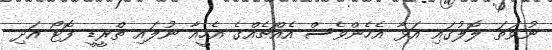
ނުވަތަ ލޮލުގައި އަޅާ އެހެންވެސް އެއްޗެއްގެ އެހީއާ ނުލައި ތްރީޑީ ފޮޓޯ އަދި